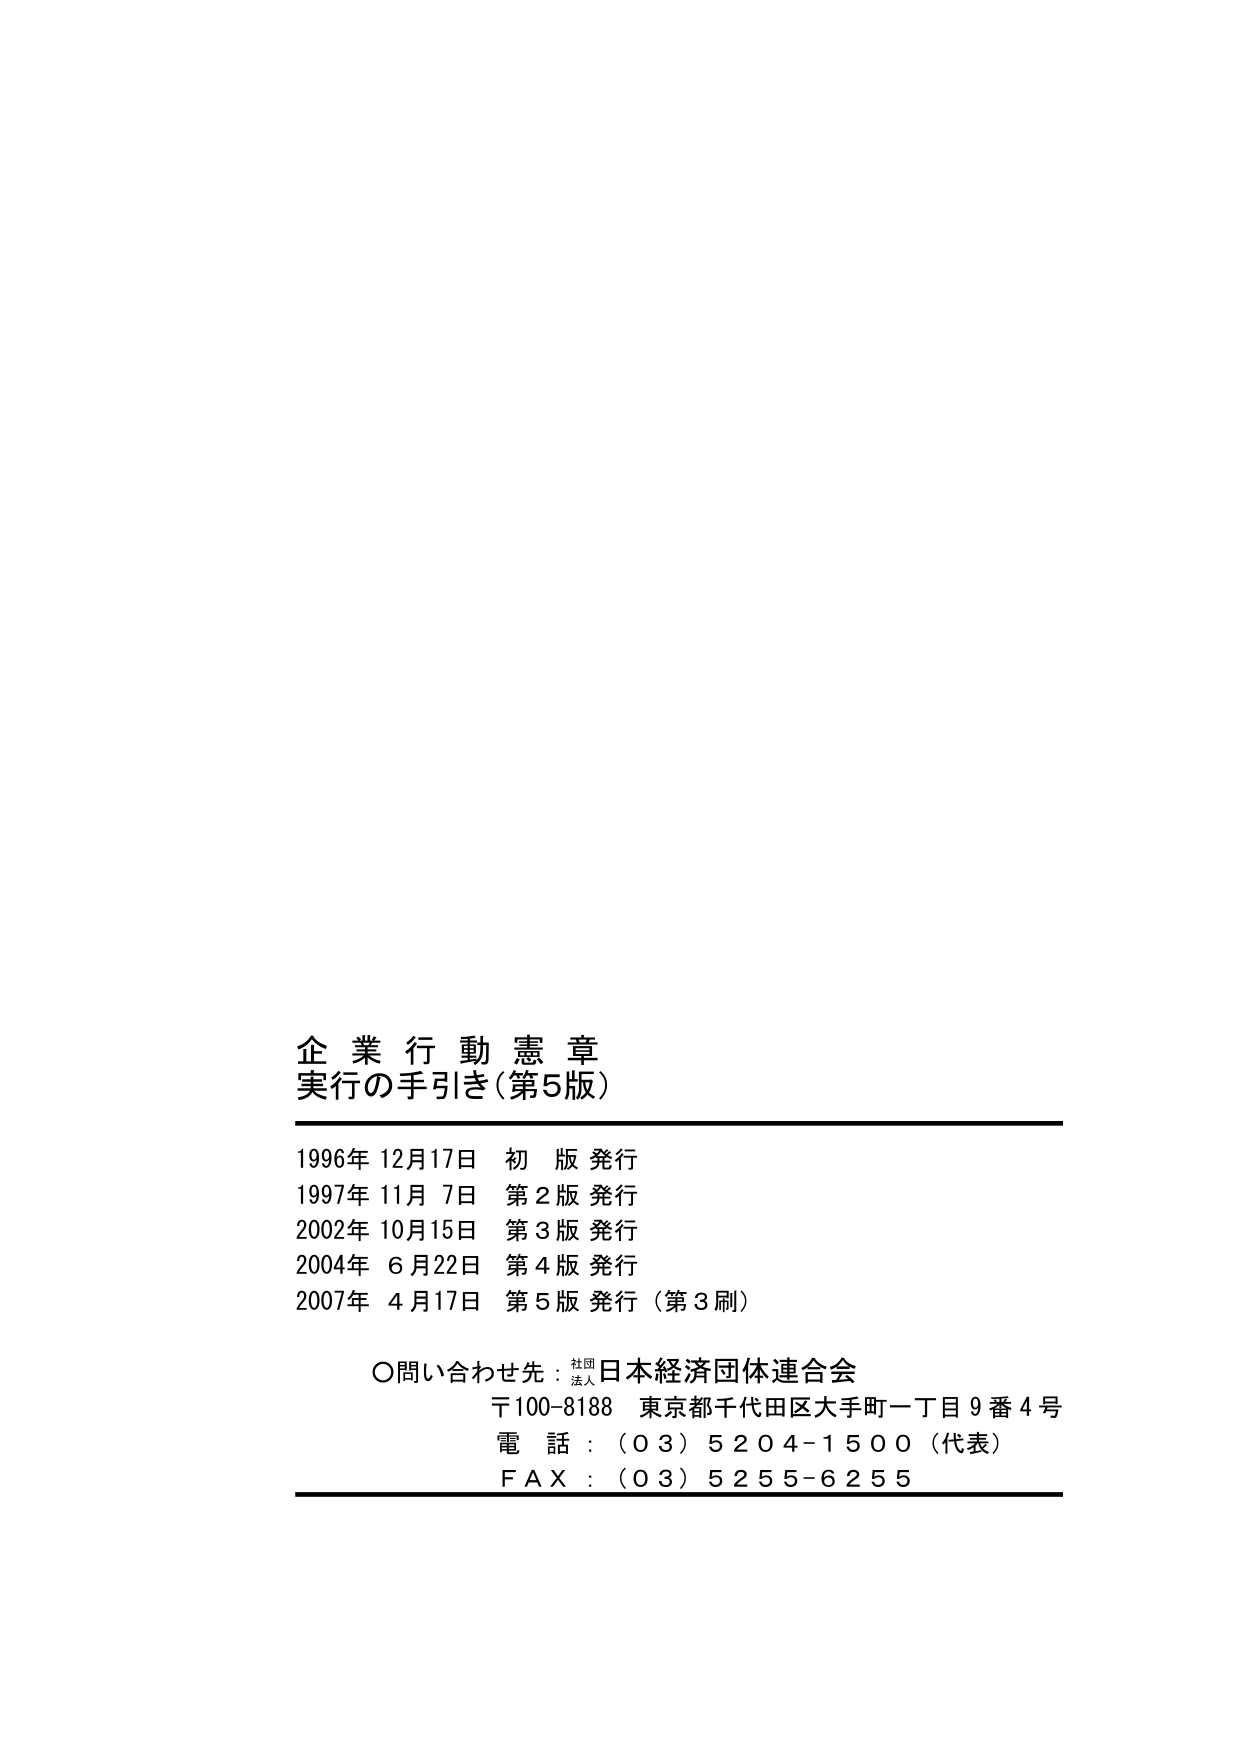
企業行動憲章
実行の手引き（第5版）

1996年 12月17日 初版発行
1997年 11月 7日 第2版発行
2002年 10月15日 第3版発行
2004年 6月22日 第4版発行
2007年 4月17日 第5版発行（第3刷）

〇問い合わせ先：社団法人 日本経済団体連合会
〒100-8188 東京都千代田区大手町一丁目9番4号
電話：（03）5204-1500（代表）
FAX：（03）5255-6255